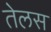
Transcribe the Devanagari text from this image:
तेलस